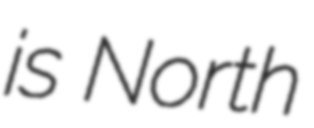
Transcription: is North